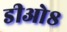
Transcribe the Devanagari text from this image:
डीओ८